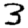
Digit: 3